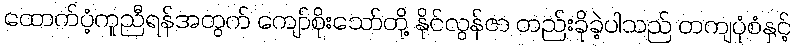
ထောက်ပံ့ကူညီရန်အတွက် ကျော်စိုးသော်တို့ နိုင်လွန်ဇာ တည်းခိုခဲ့ပါသည် တကျပုံစံနှင့်